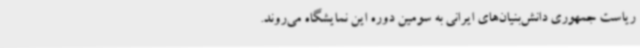
ریاست جمهوری دانش‌بنیان‌های ایرانی به سومین دوره این نمایشگاه می‌روند.